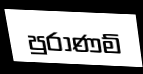
පුරාණම්